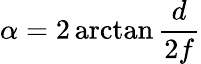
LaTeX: \alpha=2\arctan{\frac{d}{2f}}